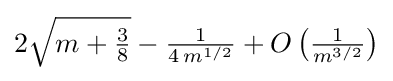
2{\sqrt {m+{\tfrac {3}{8}}}}-{\tfrac {1}{4\,m^{1/2}}}+O\left({\tfrac {1}{m^{3/2}}}\right)